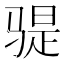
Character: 𫘨